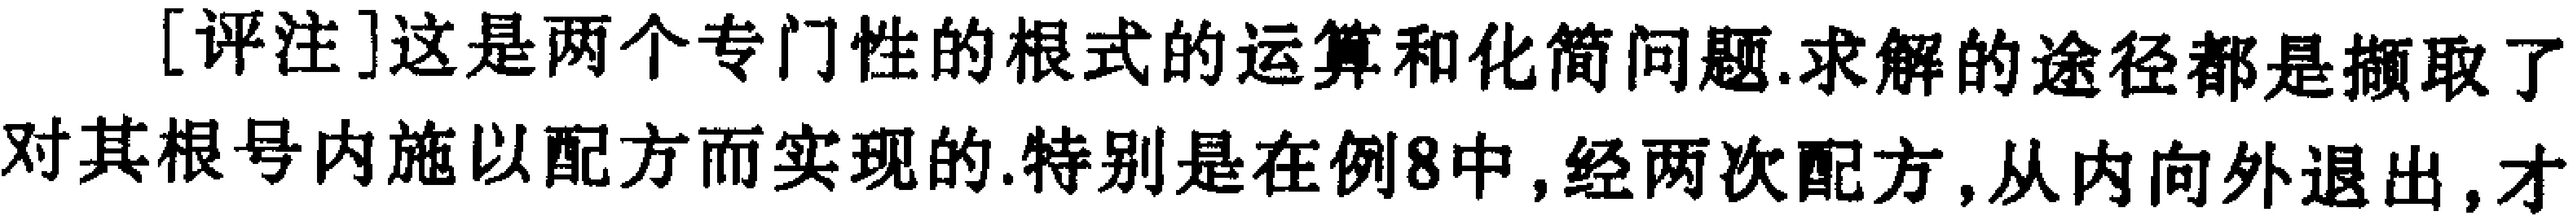
[评注]这是两个专门性的根式的运算和化简问题.求解的途径都是撷取了对其根号内施以配方而实现的.特别是在例8中,经两次配方,从内向外退出,才